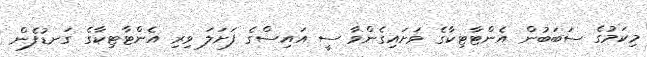
މިކަމުގެ ސަބަބުން އެންޓާޓިކާގެ ވަށައިގެންވާ ސީ އައިސްގެ ފަށަލަ ވިރި އެންޓާޓިކާގެ ގަނޑުފެން